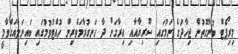
މިރިޕޯޓް ބުނާގޮތުން ޖިހާދުގެ ނަމުގައި ސޫރިޔާއާއި އިރާގަށް ދާ ހަނގުރާމަވެރިން ހުއްޓުވުމުގައި ބައިނަލްއަގްވާމީ